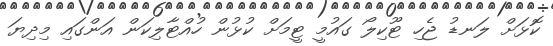
ކޮޅަށް ލަނޑު ޖެހި ޓޫކިލޯ ގައުމީ ޓީމަށް ކުޅުން ހުއްޓާލިކަން އަންގައި މިދިޔަ